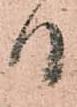
日